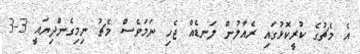
އެ މެޗުގެ ކުރީކޮޅުގައި ރެއާލުން ލަނޑެއް ޖެހި ނަމަވެސް މެޗު ނިމިގެންދިޔައީ 3-3